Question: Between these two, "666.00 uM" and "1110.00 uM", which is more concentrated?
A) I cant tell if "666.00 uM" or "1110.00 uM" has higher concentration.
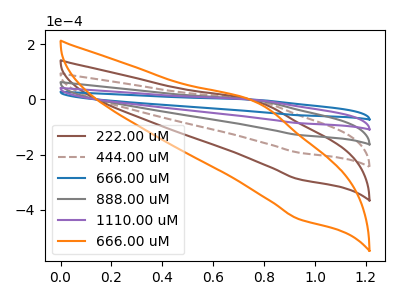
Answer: <think>The brown curve "222.00 uM" has an anodic peak at (0.80V, -11.10uA) and a cathodic peak at (0.95V, -342.90uA). The brown dashed curve "444.00 uM" has an anodic peak at (0.80V, -8.35uA) and a cathodic peak at (0.95V, -257.15uA). The blue curve "666.00 uM" has an anodic peak at (0.80V, -1.85uA) and a cathodic peak at (0.95V, -57.15uA). The gray curve "888.00 uM" has an anodic peak at (0.80V, -5.55uA) and a cathodic peak at (0.95V, -171.45uA). The purple curve "1110.00 uM" has an anodic peak at (0.80V, -2.80uA) and a cathodic peak at (0.95V, -85.70uA). The orange curve "666.00 uM" has an anodic peak at (0.80V, -13.90uA) and a cathodic peak at (0.95V, -428.60uA).
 All the peaks in "666.00 uM" have a peak in "1110.00 uM" at the same potential.</think>
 <answer>A) I cant tell if "666.00 uM" or "1110.00 uM" has higher concentration.</answer>
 <eval>A</eval>